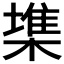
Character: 𣙇